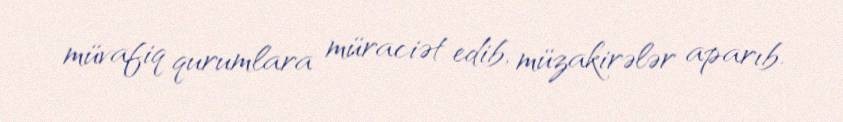
müvafiq qurumlara müraciət edib, müzakirələr aparıb.